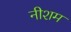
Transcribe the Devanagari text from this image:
नीशम